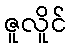
ဇူလိူင်